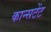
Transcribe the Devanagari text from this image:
कान्सटेंट